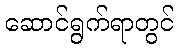
ဆောင်ရွက်ရာတွင်